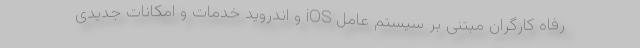
رفاه کارگران مبتنی بر سیستم عامل iOS و اندروید خدمات و امکانات جدیدی